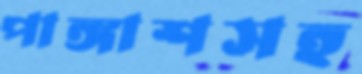
পাঙ্গাশসহ